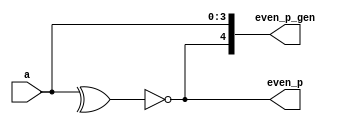
`timescale 1ns / 1ps
//////////////////////////////////////////////////////////////////////////////////
// Company: 
// Engineer: 
// 
// Design Name: 
// Module Name: even_parity
// Project Name: 
// Target Devices: 
// Tool Versions: 
// Description: 
// 
// Dependencies: 
// 
// Revision:
// Revision 0.01 - File Created
// Additional Comments:
// 
//////////////////////////////////////////////////////////////////////////////////



module even_parity(
input [3:0] a,
output even_p,
output [4:0] even_p_gen
);
assign even_p = ~(^a);
assign even_p_gen = {even_p,a[3:0]};
endmodule